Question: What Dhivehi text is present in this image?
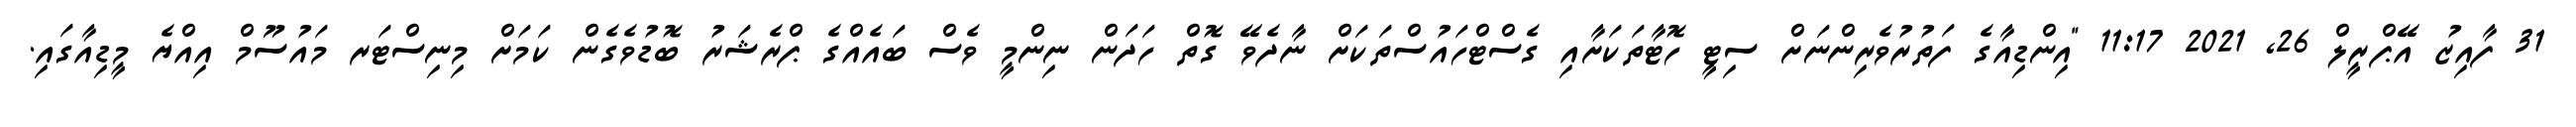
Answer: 31 ފާއިޒު އޭޕްރީލް 26, 2021 11:17 "އިންޑިއާގެ ފަތުރުވެރިންނަށް ސިޓީ ހޮޓާތަކަށާއި ގެސްޓްހައުސްތަކަށް ނާދެވޭ ގޮތް ހަދަން ނިންމީ ވެސް ބައެއްގެ ޕްރެޝަރު ބޮޑުވެގެން ކަމަށް މިނިސްޓަރ މައުސޫމް އިއްޔެ މީޑިއާގައި.